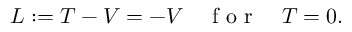
L : = T - V = - V \quad \textrm { f o r } \quad T = 0 .